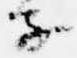
子